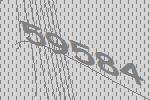
59584